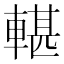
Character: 𨍜